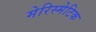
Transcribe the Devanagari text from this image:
मेरिस्मेटिक